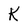
Character: K